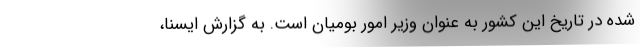
شده در تاریخ این کشور به عنوان وزیر امور بومیان است. به گزارش ایسنا،